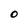
Character: 0